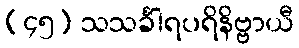
(၄၅) သသင်္ခါရပရိနိဗ္ဗာယီ